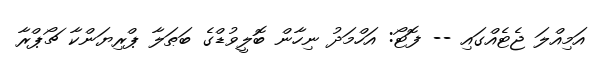
އަމިއްލަ ޖެޓެއްގައި -- ފޮޓޯ: އަހްމަދު ނިހާން ބޮލީވުޑްގެ ބަޠަލާ ޕްރިޔަންކާ ޗޯޕްރާ